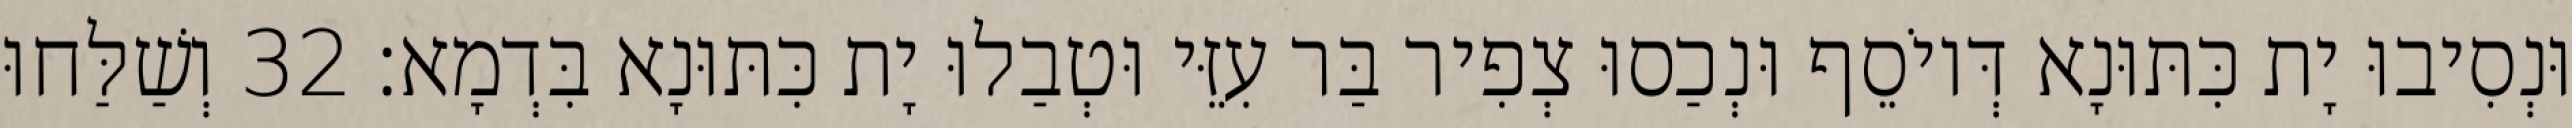
וּנְסִיבוּ יָת כִּתּוּנָא דְּיוֹסֵף וּנְכַסוּ צְפִיר בַּר עִזֵּי וּטְבַלוּ יָת כִּתּוּנָא בִּדְמָא׃ 32 וְשַׁלַּחוּ